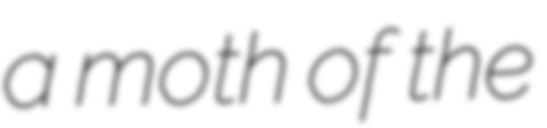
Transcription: a moth of the